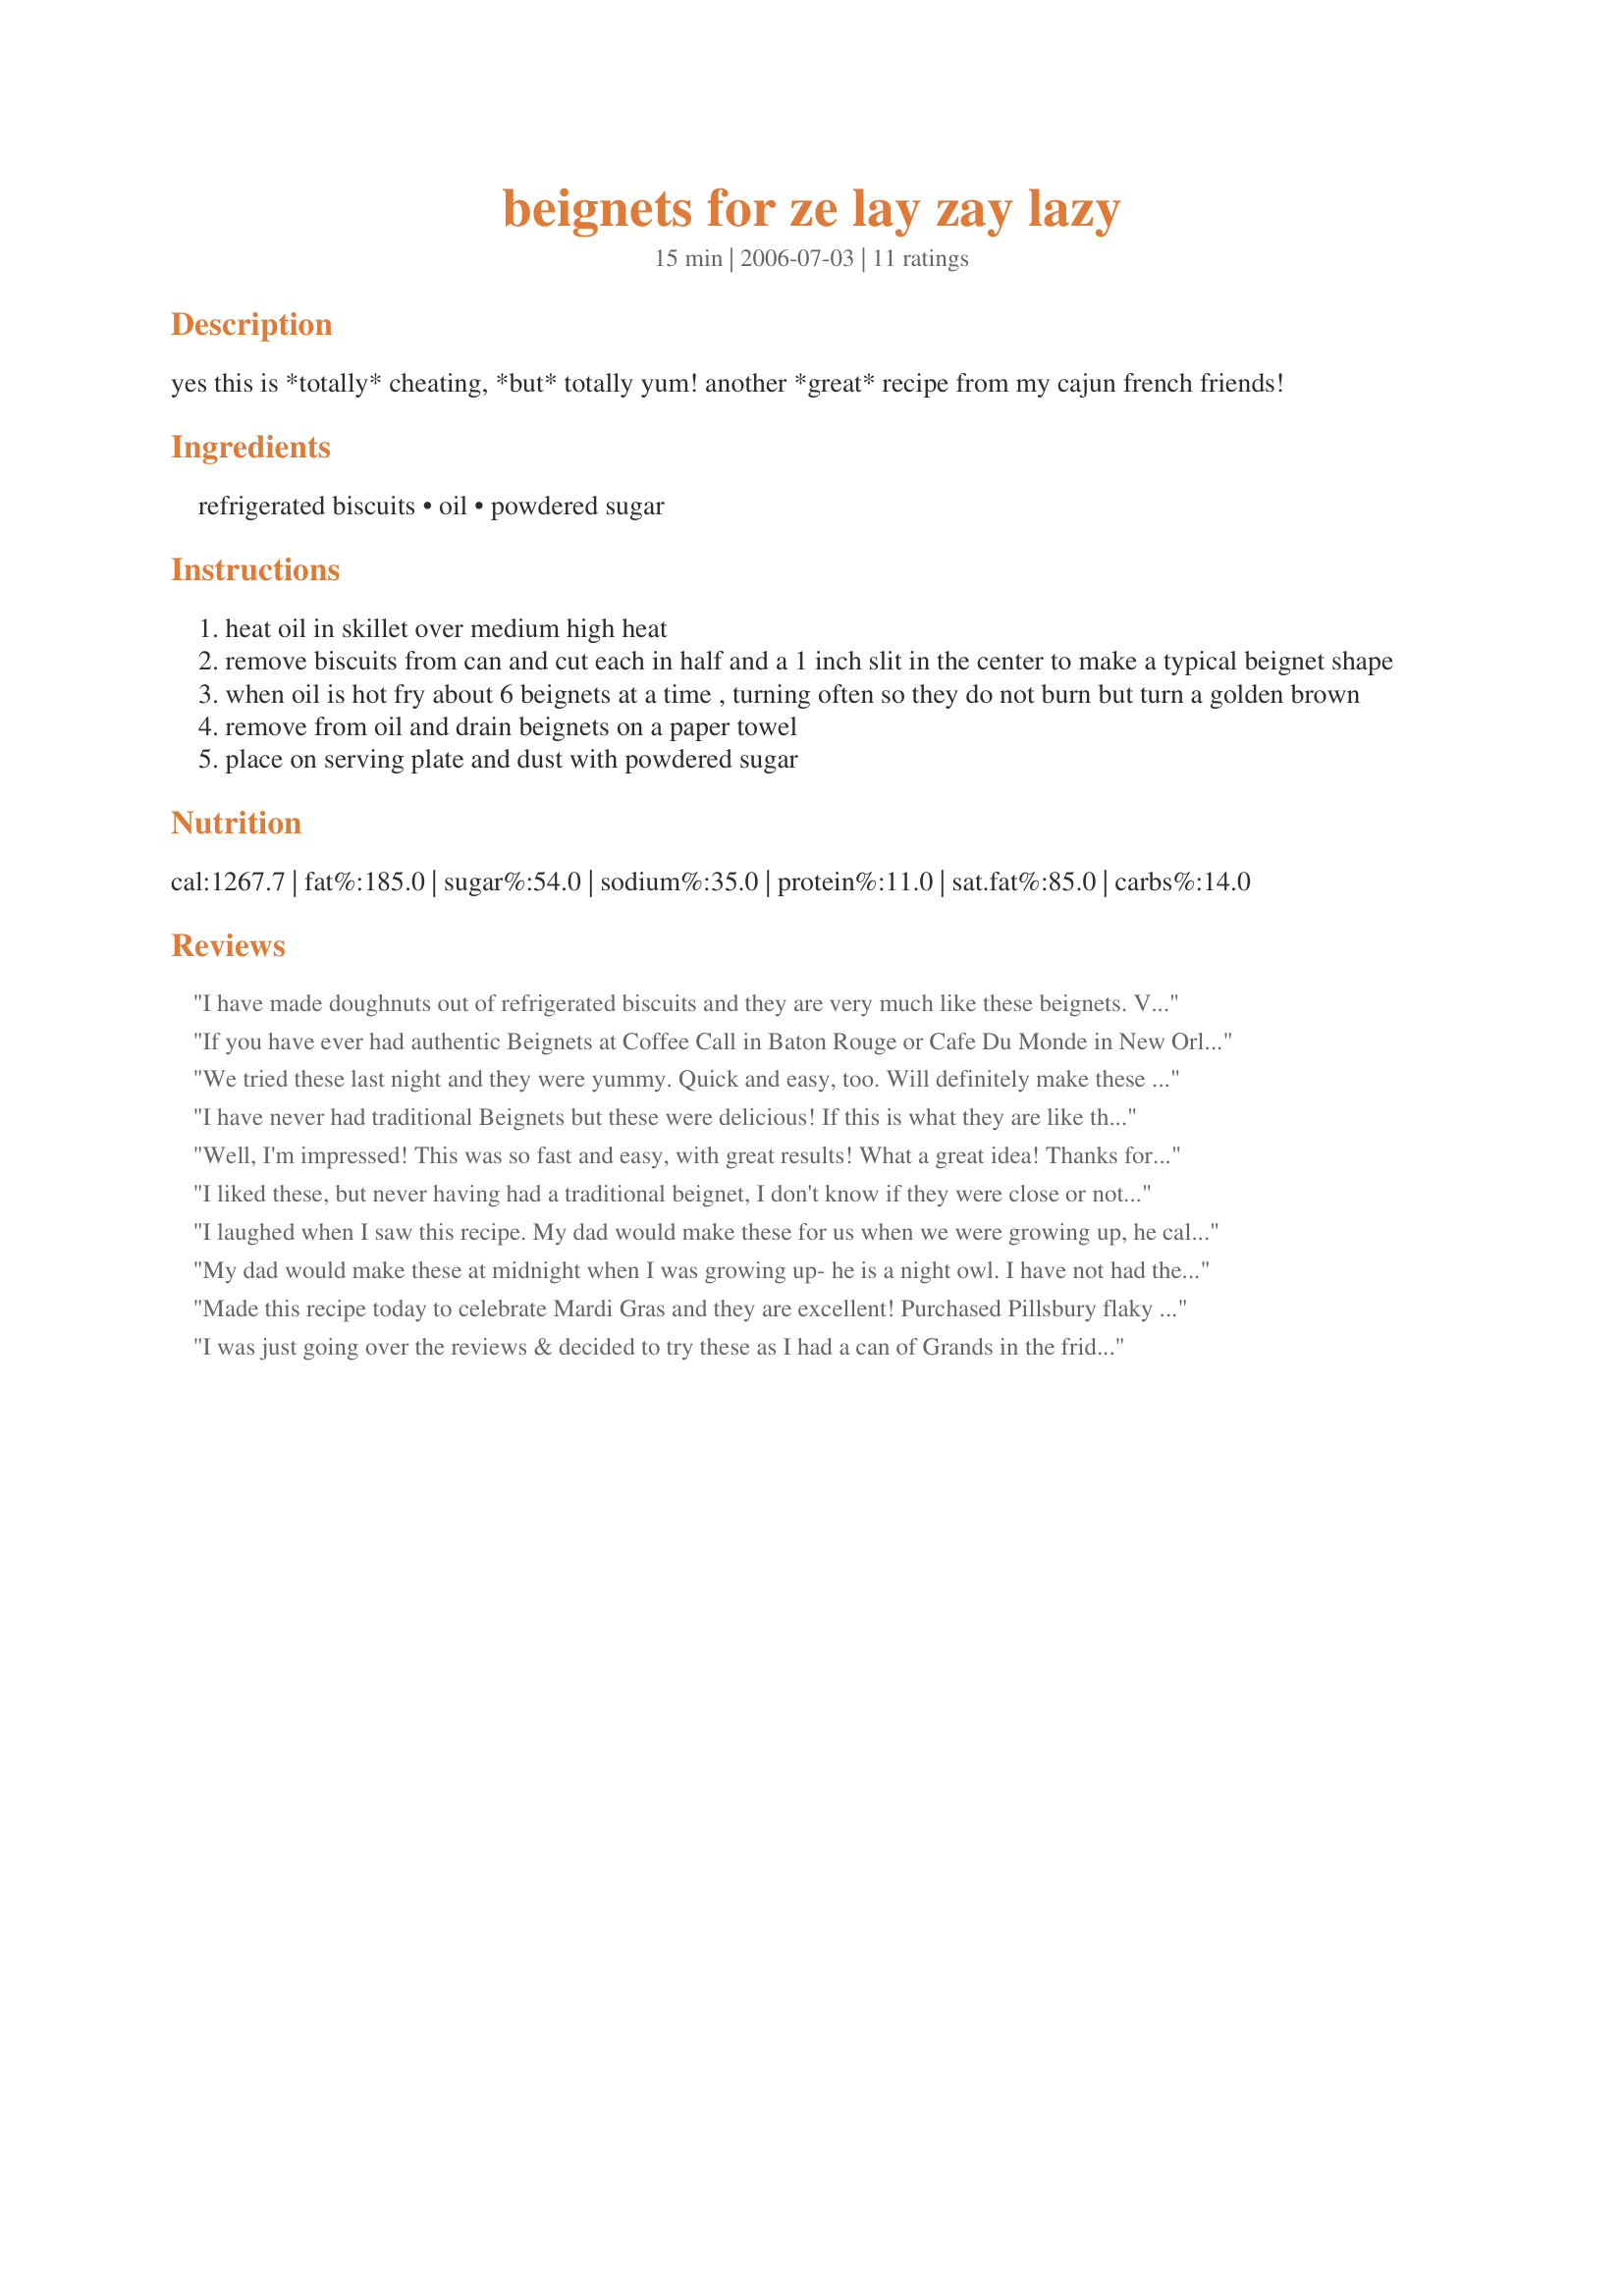
beignets for ze lay zay lazy
Preparation time: 15 minutes

yes this is *totally* cheating, *but* totally yum! another *great* recipe from my cajun french friends!

Ingredients:
refrigerated biscuits, oil, powdered sugar

Steps:
heat oil in skillet over medium high heat
remove biscuits from can and cut each in half and a 1 inch slit in the center to make a typical beignet shape
when oil is hot fry about 6 beignets at a time , turning often so they do not burn but turn a golden brown
remove from oil and drain beignets on a paper towel
place on serving plate and dust with powdered sugar

Reviews:
I have made doughnuts out of refrigerated biscuits and they are very much like these beignets. Very easy to whip up and goes great with a cup of tea or coffee. I made half with the powdered sugar and half with a cinnamon sugar mixture. Made for December, 2008 Aussie/NZ Swap.
If you have ever had authentic Beignets at Coffee Call in Baton Rouge or Cafe Du Monde in New Orleans, this isn`t even close to the real deal ! However, that said....not a bad, cheap treat for the kiddies ! Just sayin`....
We tried these last night and they were yummy. Quick and easy, too. Will definitely make these again.
I have never had traditional Beignets but these were delicious! If this is what they are like than I am a fan! I am also lazy so if I can make something like this and have a taste treat I give you 6 stars! Thanks for bringing a tradition that can be easily made! A keeper.
Well, I'm impressed! This was so fast and easy, with great results! What a great idea! Thanks for posting!
I liked these, but never having had a traditional beignet, I don't know if they were close or not. For me, they were not quite sweet enough with just a dusting of powdered sugar. But had a good taste and were very easy. Also, didn't know what beignets look like but the little slit didn't seem to stick there, they just turned into half-circles.
I laughed when I saw this recipe. My dad would make these for us when we were growing up, he called them donuts, but coming from outside New Orleans it is a bit of an insult to call them beignets. For those who have never had a beignet, no these are nothing like them, but they are a very tasty treat that are a great fun thing to make the kids.
My dad would make these at midnight when I was growing up- he is a night owl. I have not had them in a while- they are VERY yummy ! My kids love them too !
Made this recipe today to celebrate Mardi Gras and they are excellent! Purchased Pillsbury flaky biscuit dough and prepared them as directed. A friend who has had traditional Beignets from Cafe du Monde said they were just like the real deal! I also had some lemon curd on hand for an added flavor. Will definitely keep this recipe for either next year or whenever I need to make a quick breakfast option for a party.
I was just going over the reviews & decided to try these as I had a can of Grands in the fridge<br/>what a surprise they are really great & hubby loved them to we put some of our favorite jam<br/>in it after cooking, very yummy
I haven't tried this recipe, but had these, Kentucky style, last year. The difference is they provide a bowl of melted chocolate to dip them in-be sure to serve them warm-doesn't get any better than that!
